Leaving Certificate Examination, 1915
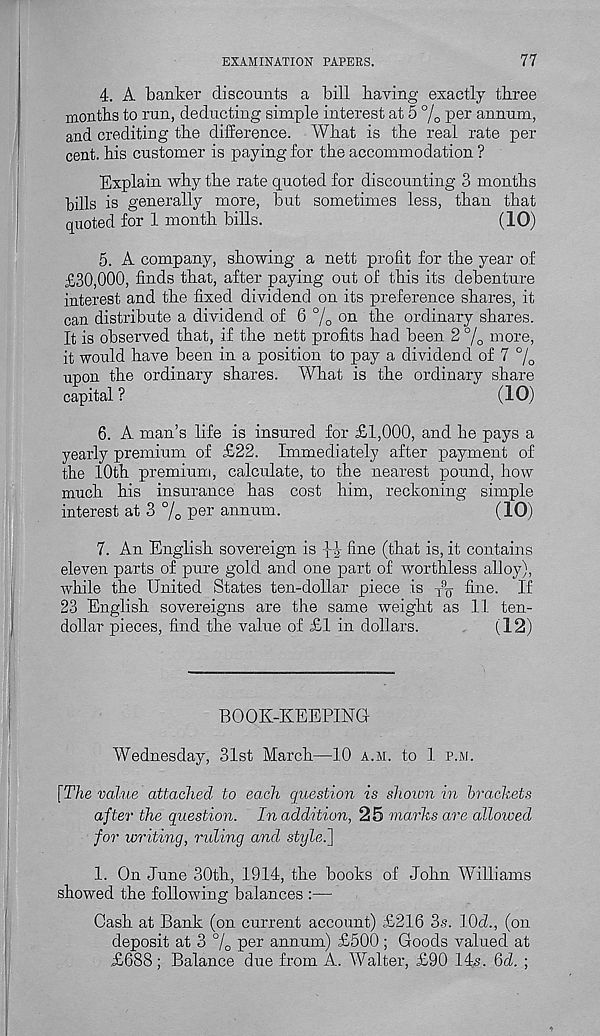
EXAMINATION PAPERS.
77
4. A banker discounts a bill baying exactly three
months to run, deducting simple interest at 5 % P er annum,
and crediting the difference. What is the real rate per
cent, his customer is paying for the accommodation ?
Explain why the rate quoted for discounting 3 months
bills is generally more, but sometimes less, than that
quoted for 1 month bills.
(10)
5. A company, showing a nett profit for the year of
£30,000, finds that, after paying out of this its debenture
interest and the fixed dividend on its preference shares, it
can distribute a dividend of 6 % 011 fh- 6 ordinary shares.
It is observed that, if the nett profits had been 2 % more,
it would have been in a position to pay a dividend of 7 %
upon the ordinary shares. What is the ordinary share
capital ?
(10)
6. A man’s life is insured for £1,000, and he pays a
yearly premium of £22. Immediately after payment of
the 10th premium, calculate, to the nearest pound, how
much his insurance has cost him, reckoning simple
interest at 3 % P er annum.
(10)
7. An English sovereign is xi fi ne (that is, it contains
eleven parts of pure gold and one part of worthless alloy),
while the United States ten-dollar piece is x
9 q fine. If
23 English sovereigns are the same weight as 11 ten-
dollar pieces, find the value of £1 in dollars.
(12)
BOOK-KEEPING
Wednesday, 31st March—10 a.m. to 1 p.jvj.
[The value attached to each question is shoivn in brackets
after the question. In addition, 25 marks are allowed
for writing, riding and styled]
1. On June 30th, 1914, the books of John Williams
showed the following balances :—
Cash at Bank (on current account) £216 3s. 10d., (on
deposit at 3 °/o per annum) £500 ; Goods valued at
£688 ; Balance due from A. Walter, £90 14s. 6d. ;